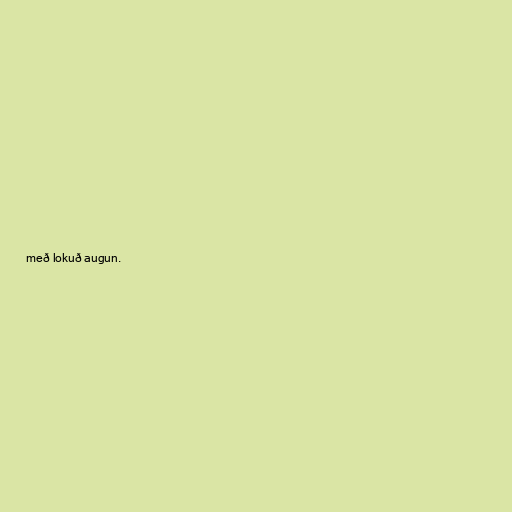
með lokuð augun.